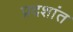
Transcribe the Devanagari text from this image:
प्रदशांत